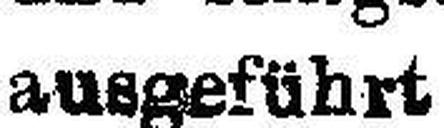
ausgeführt